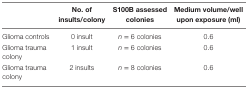
|  | No. of insults/colony | S100B assessed colonies | Medium volume/well upon exposure (ml) |
 | --- | --- | --- | --- |
 | Glioma controls | 0 insult | n = 6 colonies | 0.6 |
 | Glioma trauma colony | 1 insult | n = 6 colonies | 0.6 |
 | Glioma trauma colony | 2 insults | n = 8 colonies | 0.6 |